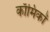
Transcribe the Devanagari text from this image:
काॅमिकों